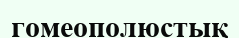
гомеополюстық